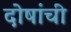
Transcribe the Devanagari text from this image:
दोषांची